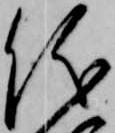
儀